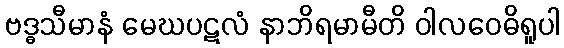
ဗဒ္ဓသီမာနံ မေဃပဋလံ နာဘိရမာမီတိ ဝါလဝေဓိရူပါ